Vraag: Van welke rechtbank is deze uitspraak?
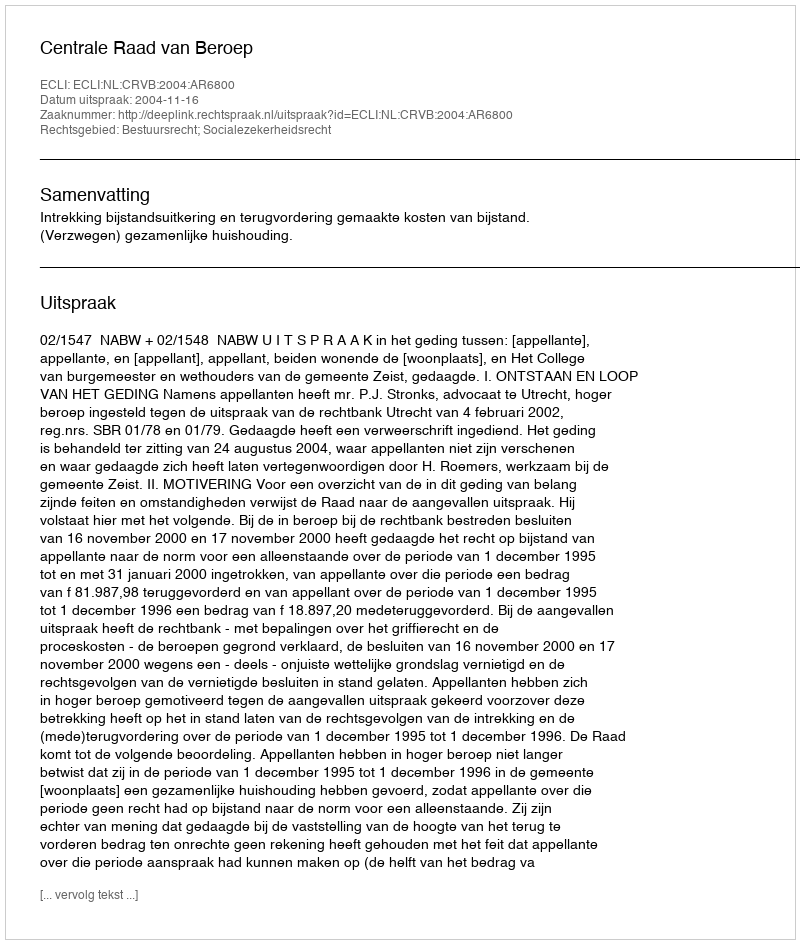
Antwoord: Centrale Raad van Beroep